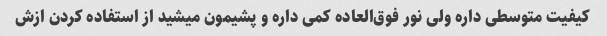
کیفیت متوسطی داره ولی‌ نور فوق‌العاده کمی داره و پشیمون میشید از استفاده کردن ازش